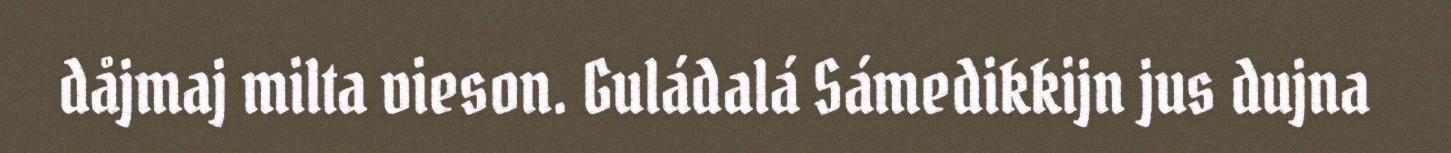
dåjmaj milta vieson. Guládalá Sámedikkijn jus dujna